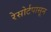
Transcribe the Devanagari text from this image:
रेसोर्टपासून